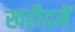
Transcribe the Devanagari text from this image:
खरीदमें